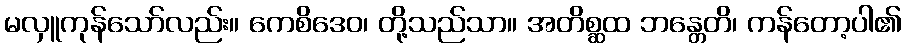
မလှူကုန်သော်လည်း။ ကေစိဒေဝ၊ တို့သည်သာ။ အတိစ္ဆထ ဘန္တေတိ၊ ကန်တော့ပါ၏